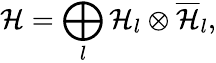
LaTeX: {\cal H}=\bigoplus_{l}{\cal H}_{l}\otimes\overline{{{\cal H}}}_{l},